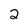
Character: 2